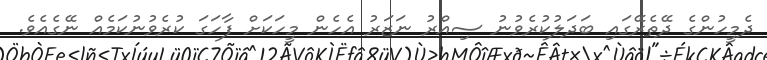
ދެމީހުންގެ ދޭތެރޭގައި ބަދަލުކުރެވުނު ސިއްރު ނަޒަރު އެހެން މީހަކަށް ފާހަގަ ކުރެވުނުކަމެއް ނޭގެއެވެ.